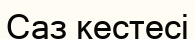
Саз кестесі